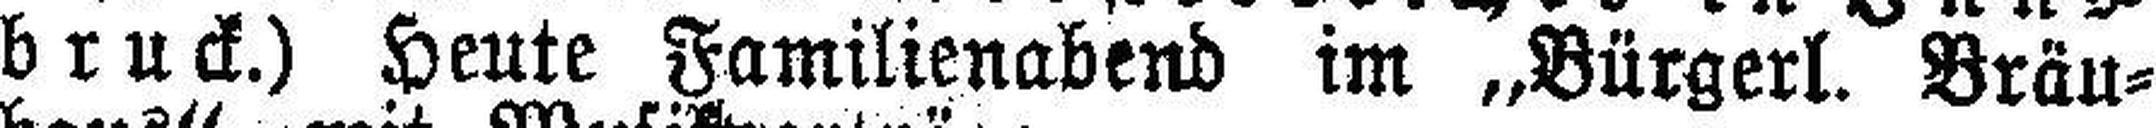
bruck.) Heute Familienabend im „Bürgerl. Bräu¬